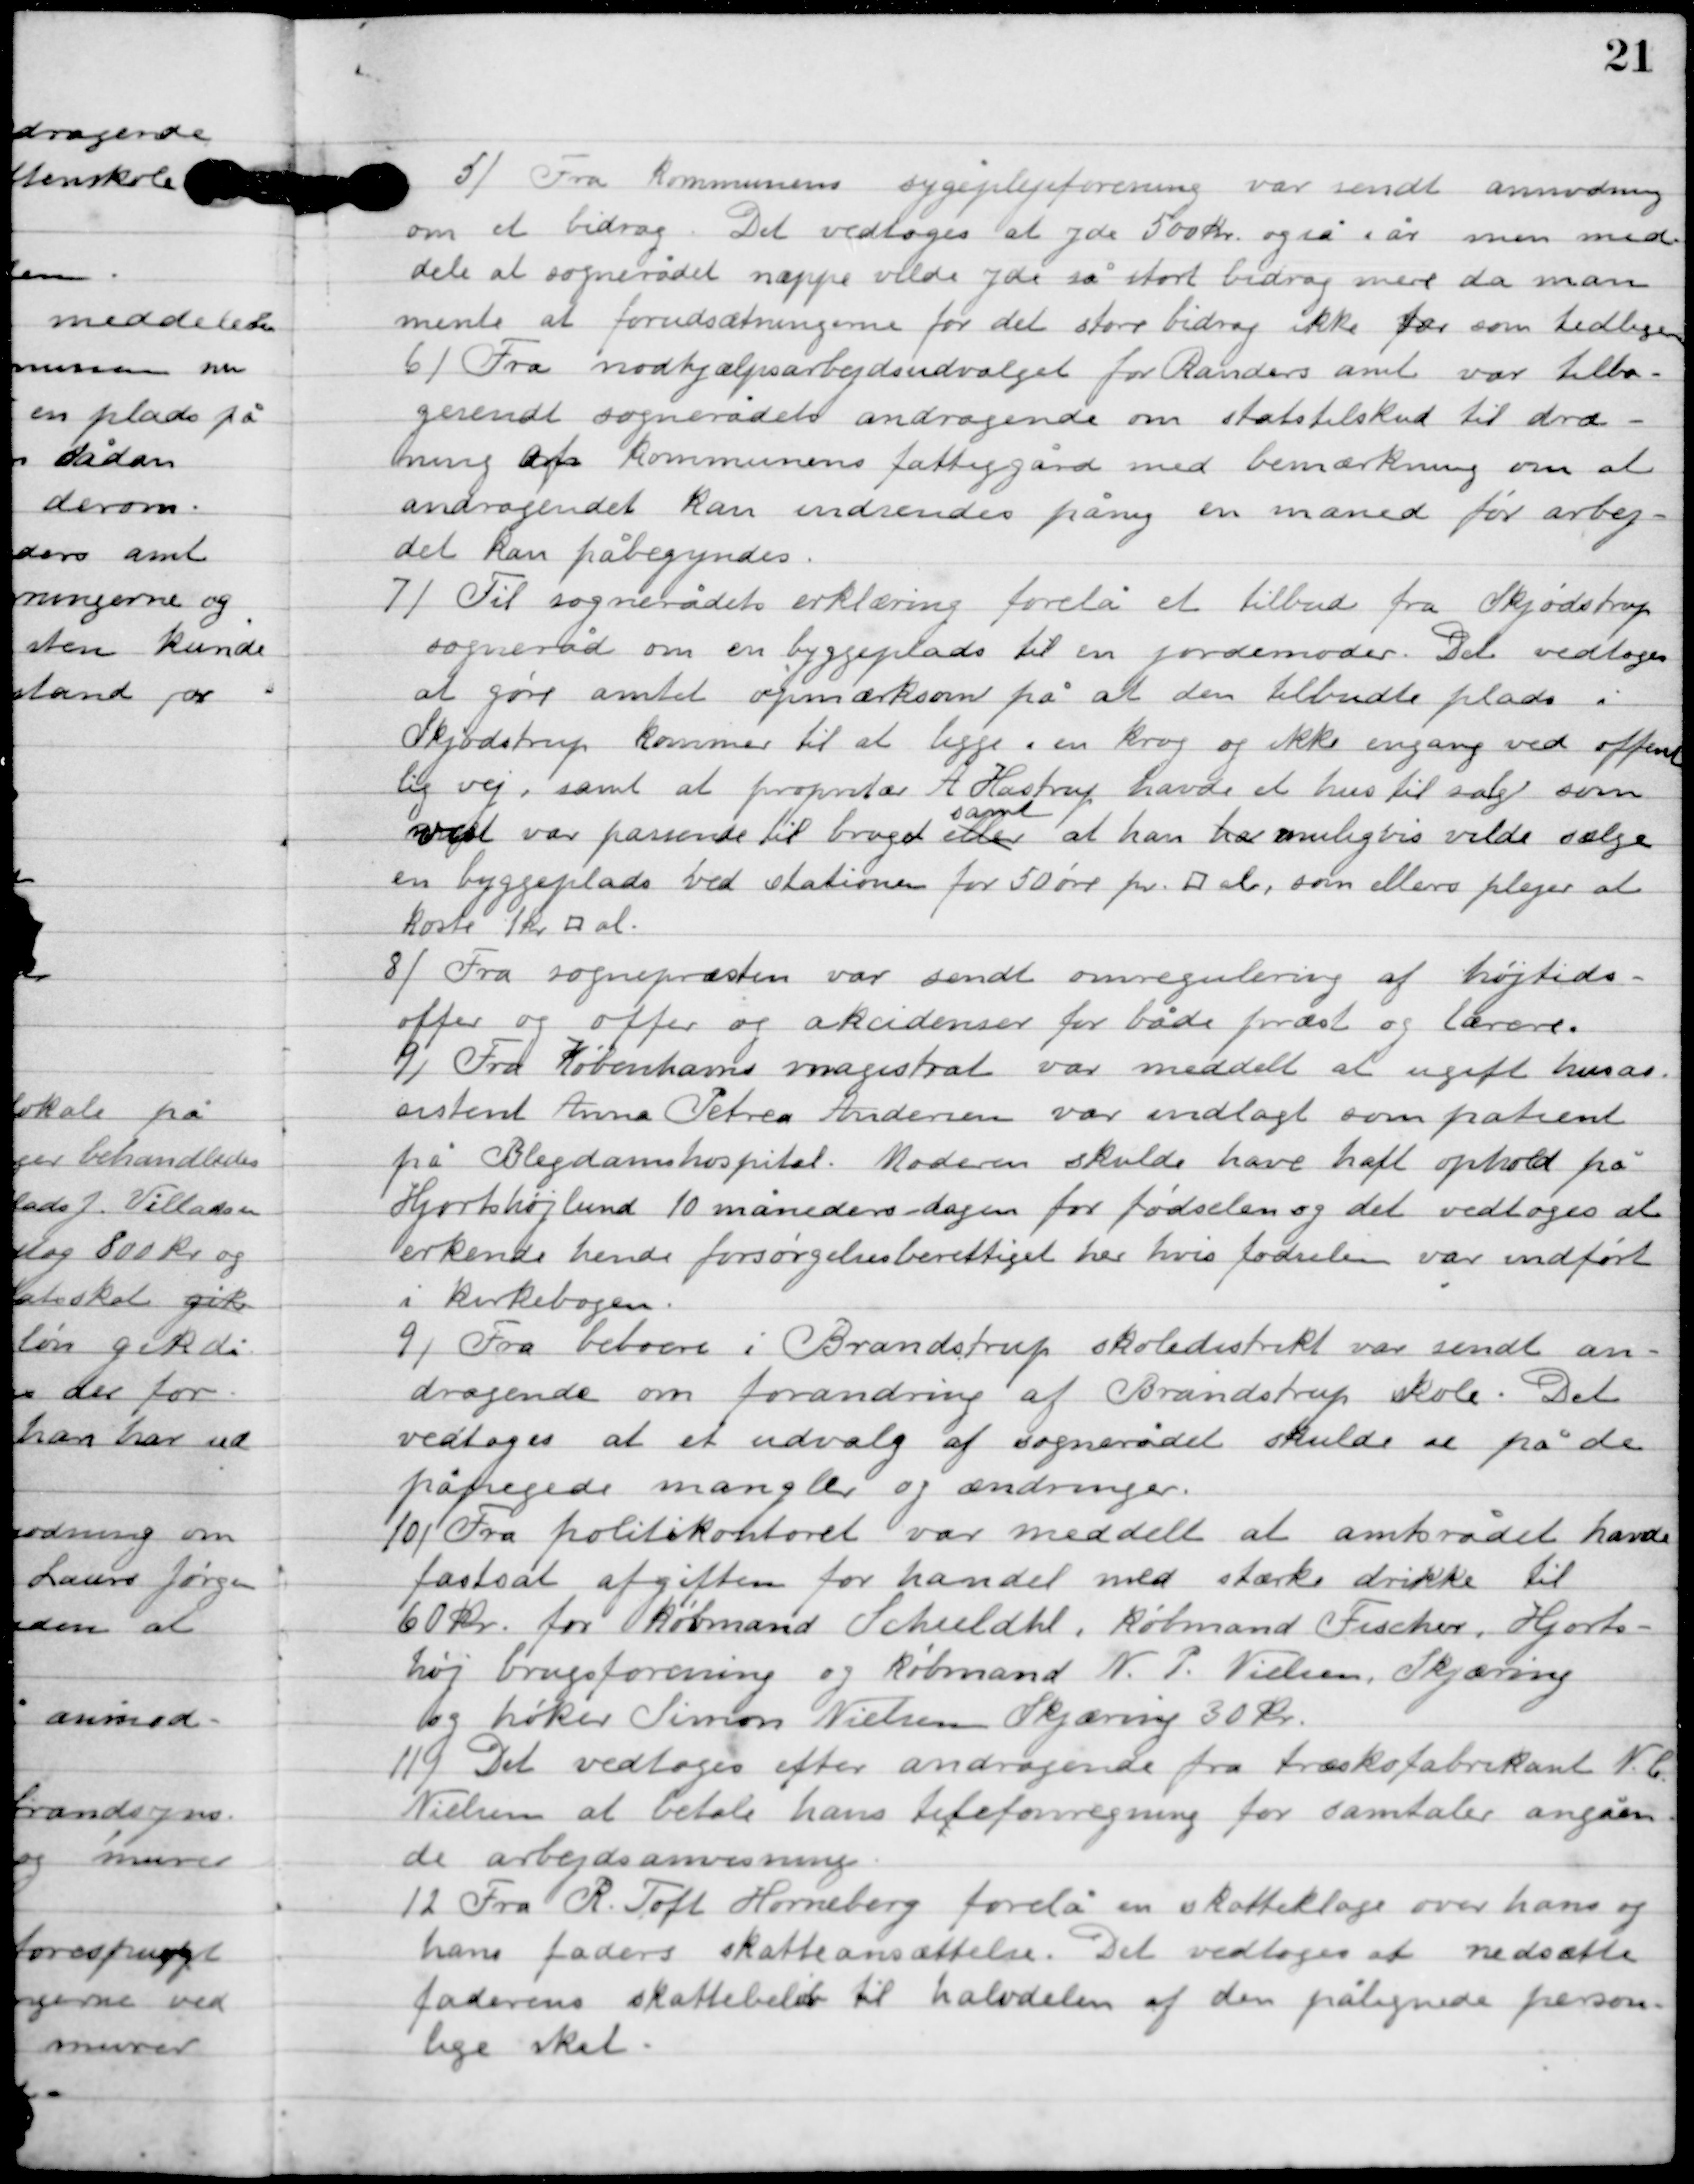
Transskription:
5

Fra Kommunens sygeplejeforening var sendt anmodning
om et bedrag. Det vedtoges at yde 500 kr. også i år men med-
dele at sognerådet næppe vilde yde så stort bidrag mere da man
mente at forudsætningen for det store bidrag ikke var som tidligere.

6

Fra nødhjælp arbejdsudvalget for Randers amt var tilba-
gesendt sognerådets andragende om statstilskud til dræ-
ning af kommunens fattiggård med bemærkning om at
andragendet kan indsendes på ny en måned før arbej-
det kan påbegyndes.

7

Til sognerådets erklæring forelå et tilbud fra Skjødstrup
sogneråd om en byggeplads til en jordemoder. Det vedtoges
at gøre amtet opmærksom på at den tilbudte plads i
Skjødstrup kummer til at ligge i en krog og ikke engang ved offent-
lig vej, samt at proprietær A. Hastrup havde et hus til salg som
vist var passende til hvervet eller
samt
at han har naturligvis vilde sælge
en byggeplads ved stationen for 50 øre pr. Alen, som ellers plejer at
koste 1 kr. Alen.

8

Fra sognepræsten var sendt om regulering af højtids-
offer og offer og akcidenser for både præst og lærer.

9

Fra Københavns magistrat var meddelt at ugift husas-
sistent Anna Petrea Andersen var indlagt som patient
på Blegdamshospital. Moderen skulde have haft ophold på
Hjortshøjlund 10 måneders dagen for fødslen og det vedtoges at
erkende hende forøgelsesberettiget her hvis fødslen var indført
i kirkebogen.

9

Fra beboerne i Brandstrup skoledistrikt var sendt an-
dragende om forandring af Brandstrup skole. Det
vedtoges at et udvalg af sognerådet skulde se på de
påpegede mangler og ændringer.

10

Fra politikontoret var meddelt at amtsrådet have
fastsat afgiften for handel med stærke drikke til
60 kr. for købmand Scheeldahl, købmand Fisher, Hjorts-
høj brugsforening og købmand N.P. Nielsen Skjæring og
høker Simon Nielsen Skjæring 30 kr.

11

Det vedtoges efter andragende fra træskofabrikant N. C.
Nielsen at betale hans telefonregning for samtaler angåen-
de arbejdsanvisning.

12

Fra R. Toft Horneberg forelå en skatteklage over hans og
hans faders skatteansættelse. Det vedtoges at nedsætte
 faderens skattebeløb til halvdelen af den pålignede person-
lige skat.